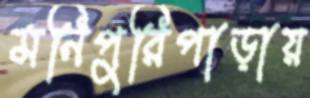
মনিপুরিপাড়ায়